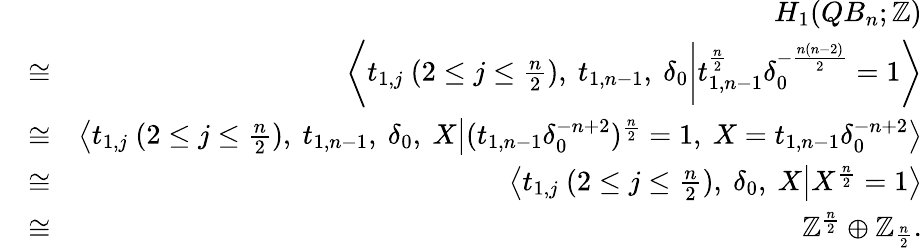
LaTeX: \begin{array}{rlr}&{}&{H_{1}(QB_{n};\mathbb{Z})}\\ &{\cong}&{\left<t_{1,j}\ (2\leq j\leq\frac{n}{2}),\ t_{1,n-1},\ \delta_{0}\middle|t_{1,n-1}^{\frac{n}{2}}\delta_{0}^{-\frac{n(n-2)}{2}}=1\right>}\\ &{\cong}&{\left<t_{1,j}\ (2\leq j\leq\frac{n}{2}),\ t_{1,n-1},\ \delta_{0},\ X\middle|(t_{1,n-1}\delta_{0}^{-n+2})^{\frac{n}{2}}=1,\ X=t_{1,n-1}\delta_{0}^{-n+2}\right>}\\ &{\cong}&{\left<t_{1,j}\ (2\leq j\leq\frac{n}{2}),\ \delta_{0},\ X\middle|X^{\frac{n}{2}}=1\right>}\\ &{\cong}&{\mathbb{Z}^{\frac{n}{2}}\oplus\mathbb{Z}_{\frac{n}{2}}.}\end{array}